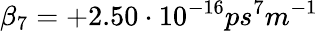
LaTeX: \beta_{7}=+2.50\cdot 10^{-16}ps^{7}m^{-1}